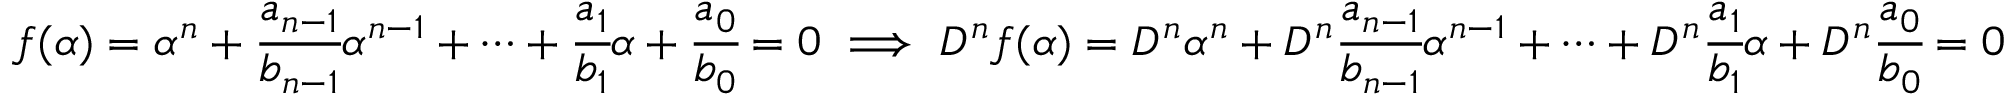
f ( \alpha ) = \alpha ^ { n } + \cfrac { a _ { n - 1 } } { b _ { n - 1 } } \alpha ^ { n - 1 } + \dots + \cfrac { a _ { 1 } } { b _ { 1 } } \alpha + \cfrac { a _ { 0 } } { b _ { 0 } } = 0 \implies D ^ { n } f ( \alpha ) = D ^ { n } \alpha ^ { n } + D ^ { n } \cfrac { a _ { n - 1 } } { b _ { n - 1 } } \alpha ^ { n - 1 } + \dots + D ^ { n } \cfrac { a _ { 1 } } { b _ { 1 } } \alpha + D ^ { n } \cfrac { a _ { 0 } } { b _ { 0 } } = 0